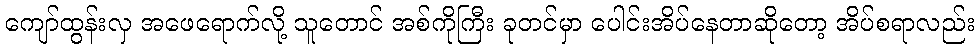
ကျော်ထွန်းလှ အဖေရောက်လို့ သူတောင် အစ်ကိုကြီး ခုတင်မှာ ပေါင်းအိပ်နေတာဆိုတော့ အိပ်စရာလည်း